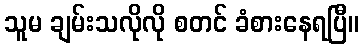
သူမ ချမ်းသလိုလို စတင် ခံစားနေရပြီ။